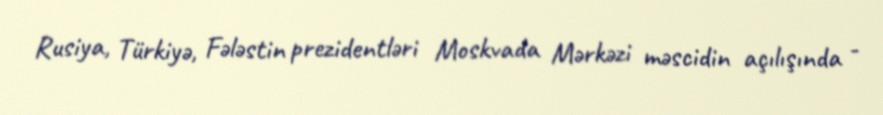
Rusiya, Türkiyə, Fələstin prezidentləri Moskvada Mərkəzi məscidin açılışında -